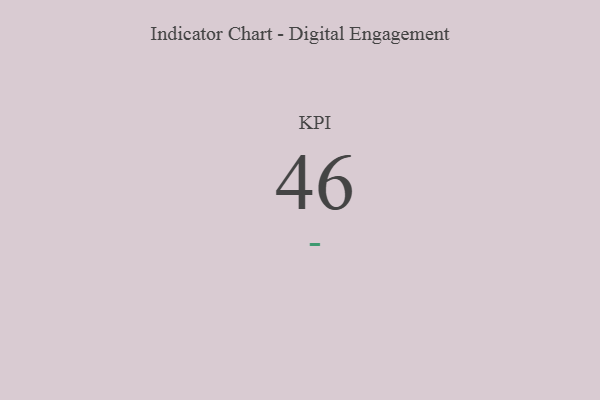
{"axis": {"x": "KPI", "y": "Value"}, "legend": [""], "data": [{"x": "KPI", "y": 46, "type": ""}]}